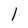
Character: 1